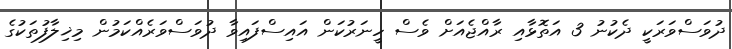
ދުވަސްވަރަކީ ދެކުނު 3 އަތޮޅާއި ރާއްޖެއަށް ވެސް ހީނަރުކަން އައިސްފައިވާ ދުވަސްވަރެއްކަމުން މިޚިލާފުތަކުގެ